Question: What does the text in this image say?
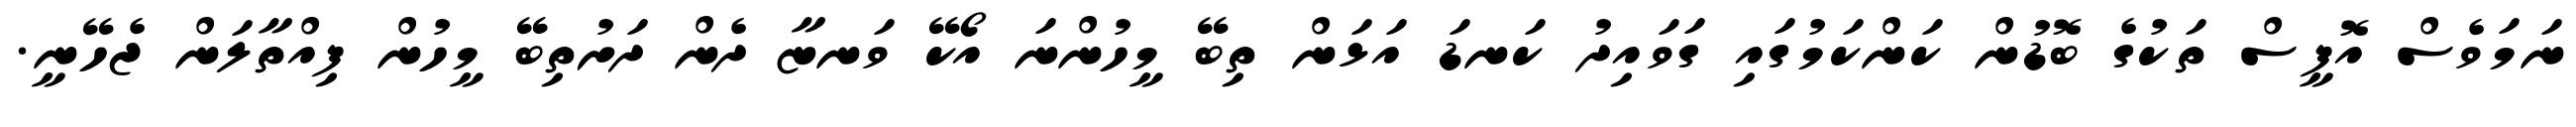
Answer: ނަމަވެސް އޮފީސް ތަކުގެ ބޮޑުން ކަންކަމުގައި ގަވައިދު ކަނޑަ އަޅަން ތިބޭ މީހުންނަ އޯކޭ ވަނޏާ ދެން ދަށުތިބޭ މީހުން ފިއްތާލަން ޖެހޭނީ.